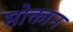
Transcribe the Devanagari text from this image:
मोक्तान